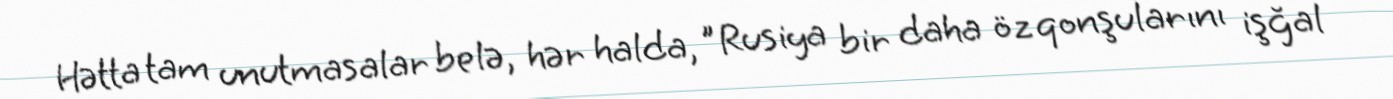
Hətta tam unutmasalar belə, hər halda, "Rusiya bir daha öz qonşularını işğal